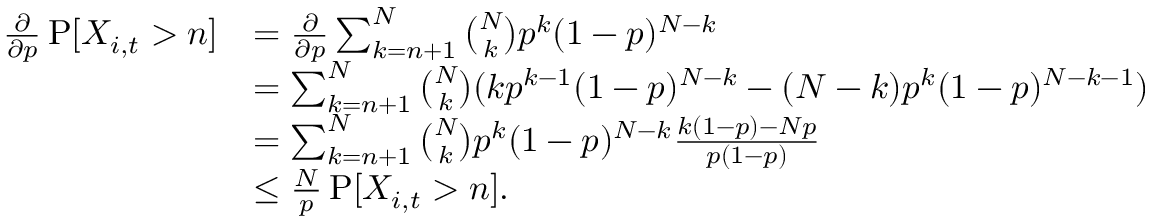
\begin{array} { r l } { \frac { \partial } { \partial p } \operatorname { P } [ X _ { i , t } > n ] } & { = \frac { \partial } { \partial p } \sum _ { k = n + 1 } ^ { N } \binom { N } { k } p ^ { k } ( 1 - p ) ^ { N - k } } \\ & { = \sum _ { k = n + 1 } ^ { N } \binom { N } { k } ( k p ^ { k - 1 } ( 1 - p ) ^ { N - k } - ( N - k ) p ^ { k } ( 1 - p ) ^ { N - k - 1 } ) } \\ & { = \sum _ { k = n + 1 } ^ { N } \binom { N } { k } p ^ { k } ( 1 - p ) ^ { N - k } \frac { k ( 1 - p ) - N p } { p ( 1 - p ) } } \\ & { \leq \frac { N } { p } \operatorname { P } [ X _ { i , t } > n ] . } \end{array}